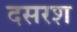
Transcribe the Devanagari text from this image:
दसरश